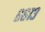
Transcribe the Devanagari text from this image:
६६१३